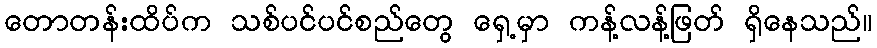
တောတန်းထိပ်က သစ်ပင်ပင်စည်တွေ ရှေ့မှာ ကန့်လန့်ဖြတ် ရှိနေသည်။